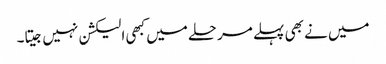
میں نے بھی پہلے مرحلے میں کبھی الیکشن نہیں جیتا۔